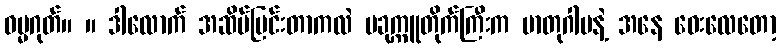
ဓမ္မဂုတ်။ ။ ဒါလောက် အဆိပ်ပြင်းတာကလဲ ပခုက္ကူတိုက်ကြီးက မာတုဂါမနဲ့ အနေ ဝေးလေတော့